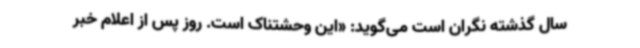
سال گذشته نگران است می‌گوید: «این وحشتناک است. روز پس از اعلام خبر